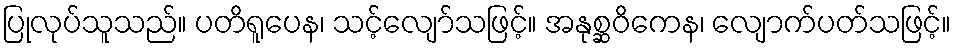
ပြုလုပ်သူသည်။ ပတိရူပေန၊ သင့်လျော်သဖြင့်။ အနုစ္ဆဝိကေန၊ လျောက်ပတ်သဖြင့်။